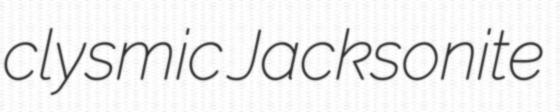
clysmic Jacksonite